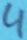
Text: 4